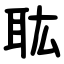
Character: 耾